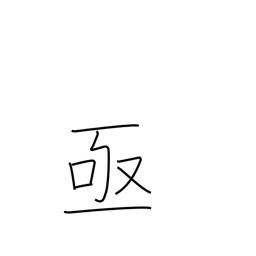
Meaning: sudden